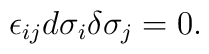
\epsilon_{ij}d\sigma_i\delta\sigma_j=0.